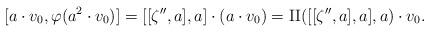
LaTeX: \begin{align*} [a \cdot v_0, \varphi(a^2\cdot v_0)] = [[\zeta'', a], a] \cdot (a \cdot v_0) = {\rm II}([[\zeta'', a], a], a) \cdot v_0. \end{align*}